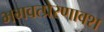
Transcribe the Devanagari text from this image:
भगवत्प्रेरणावश